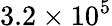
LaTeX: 3.2\times 10^{5}